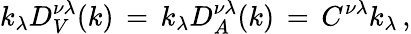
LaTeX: k_{\lambda}D_{V}^{\nu\lambda}(k)\, =\, k_{\lambda}D_{A}^{\nu\lambda}(k)\, =\, C^{\nu\lambda}k_{\lambda}\, ,